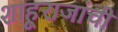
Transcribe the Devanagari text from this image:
शाहूराजांची